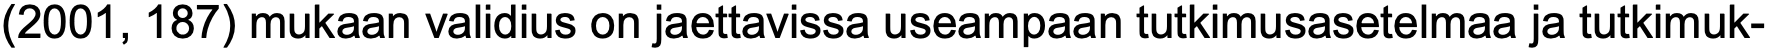
(2001, 187) mukaan validius on jaettavissa useampaan tutkimusasetelmaa ja tutkimuk-